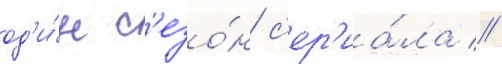
од'и́н с'езо́н с'ер'иа́ла //